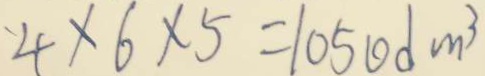
4 \times 6 \times 5 = 1 0 5 0 d m ^ { 3 }